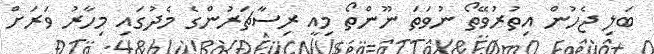
ބަލި ޖެހުން އިތުރުވޭތޯ ނުވަތަ ނޫންތޯ މިއީ ރިސާޗަރުންގެ މެދުގައި މިހާރު ވަރަށް